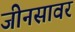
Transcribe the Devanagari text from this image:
जीनसावर